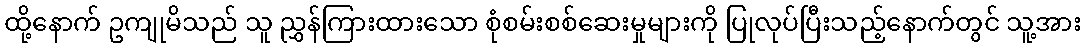
ထို့နောက် ဥကျုမိသည် သူ ညွှန်ကြားထားသော စုံစမ်းစစ်ဆေးမှုများကို ပြုလုပ်ပြီးသည့်နောက်တွင် သူ့အား